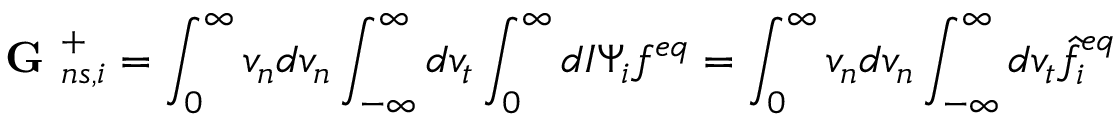
\textbf { G } _ { n s , i } ^ { + } = \int _ { 0 } ^ { \infty } v _ { n } d v _ { n } \int _ { - \infty } ^ { \infty } d v _ { t } \int _ { 0 } ^ { \infty } d I \Psi _ { i } f ^ { e q } = \int _ { 0 } ^ { \infty } v _ { n } d v _ { n } \int _ { - \infty } ^ { \infty } d v _ { t } \hat { f } _ { i } ^ { e q }